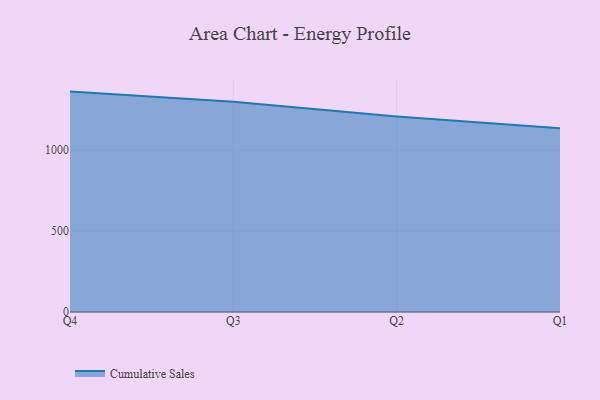
{"axis": {"x": "Quarter", "y": "Shipments"}, "legend": ["Cumulative Sales"], "data": [{"x": "Q4", "y": 1362.8, "type": "Cumulative Sales"}, {"x": "Q3", "y": 1299.9, "type": "Cumulative Sales"}, {"x": "Q2", "y": 1208.5, "type": "Cumulative Sales"}, {"x": "Q1", "y": 1136.6, "type": "Cumulative Sales"}]}